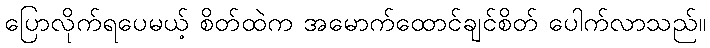
ပြောလိုက်ရပေမယ့် စိတ်ထဲက အမောက်ထောင်ချင်စိတ် ပေါက်လာသည်။